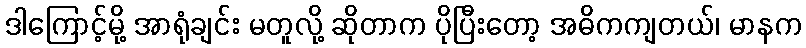
ဒါကြောင့်မို့ အာရုံချင်း မတူလို့ ဆိုတာက ပိုပြီးတော့ အဓိကကျတယ်၊ မာနက